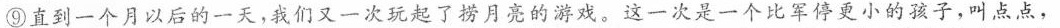
⑨直到一个月以后的一天，我们又一次玩起了捞月亮的游戏。这一次是一个比军停更小的孩子，叫点点，